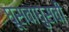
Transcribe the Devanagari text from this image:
घूसवाघुसवी